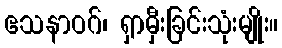
ဧသနာဝဂ်၊ ရှာမှီးခြင်းသုံးမျိုး။